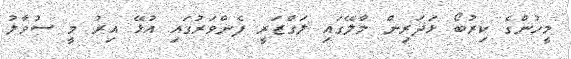
މީހުންގެ ކިރުބޯ ޅަދަރިން މާލޭގައި ލަގްޒަރީ ފެންވަރުގައި އުޅޭ އިރު މީ ސުވާލު